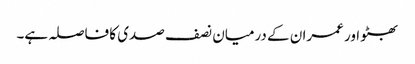
بھٹو اور عمران کے درمیان نصف صدی کا فاصلہ ہے۔